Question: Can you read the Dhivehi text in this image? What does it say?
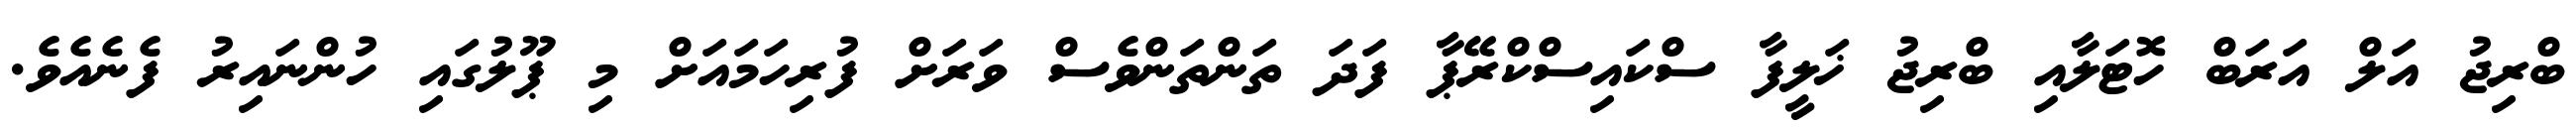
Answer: ބްރިޖު އަލް އަރަބް ހޮޓަލާއި ބްރިޖު ޚަލީފާ ސްކައިސްކްރޭޕާ ފަދަ ތަންތަންވެސް ވަރަށް ފުރިހަމައަށް މި ޕޫލުގައި ހުންނައިރު ފެނެއެވެ.